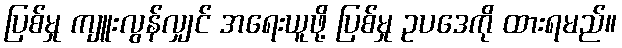
ပြစ်မှု ကျူးလွန်လျှင် အရေးယူဖို့ ပြစ်မှု ဥပဒေကို ထားရမည်။